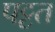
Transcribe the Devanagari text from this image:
पट्टत